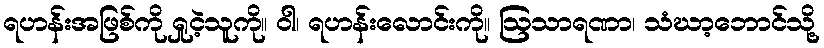
ရဟန်းအဖြစ်ကို ရှုငဲ့သူကို။ ဝါ၊ ရဟန်းလောင်းကို။ ဩသာရဏာ၊ သံဃာ့ဘောင်သို့